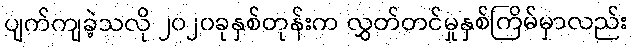
ပျက်ကျခဲ့သလို ၂၀၂၀ခုနှစ်တုန်းက လွှတ်တင်မှုနှစ်ကြိမ်မှာလည်း